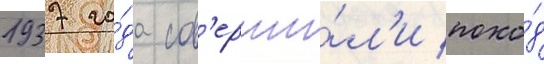
1937 го́да сов'ерши́л'и похо́д